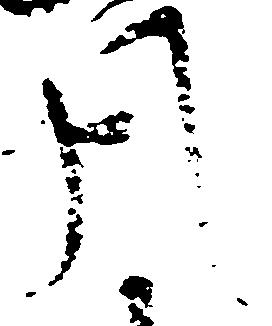
月